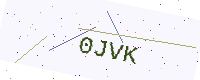
Text: 0JVK